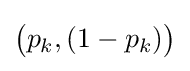
{\big (}p_{k},(1-p_{k}){\big )}